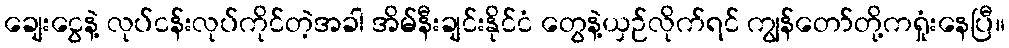
ချေးငွေနဲ့ လုပ်ငန်းလုပ်ကိုင်တဲ့အခါ အိမ်နီးချင်းနိုင်ငံ တွေနဲ့ယှဉ်လိုက်ရင် ကျွန်တော်တို့ကရှုံးနေပြီ။